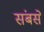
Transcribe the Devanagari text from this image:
संबसे